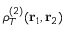
\rho _ { T } ^ { ( 2 ) } ( { \bf r } _ { 1 } , { \bf r } _ { 2 } )